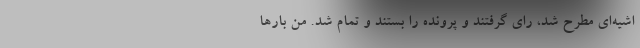
اشیه‌ای مطرح شد، رای گرفتند و پرونده را بستند و تمام شد. من بارها